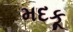
મદકૂ